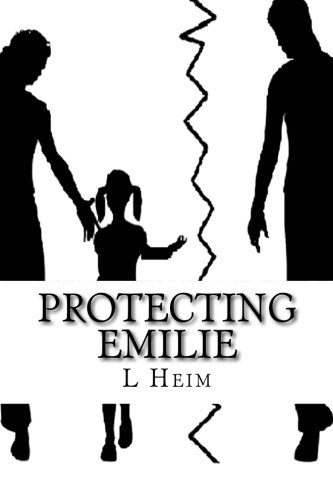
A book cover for Protecting Emilie; L Heim; Law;